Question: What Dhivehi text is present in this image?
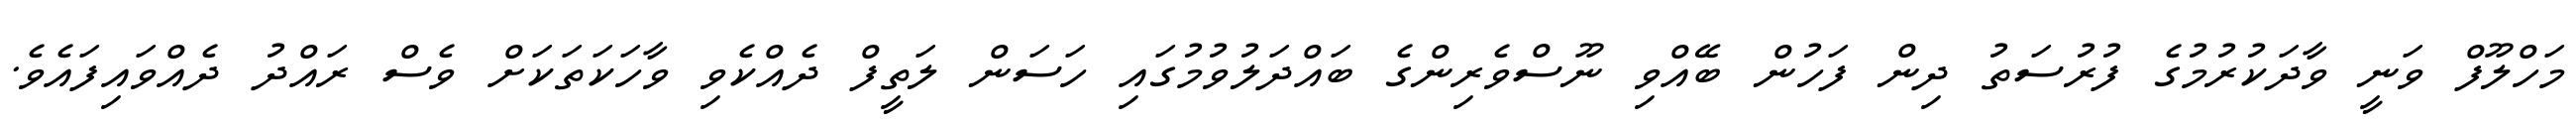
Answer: މަހްލޫފް ވަނީ ވާދަކުރުމުގެ ފުރުސަތު ދިން ފަހުން ބޭއްވި ނޫސްވެރިންގެ ބައްދަލުވުމުގައި ހަސަން ލަތީފް ދެއްކެވި ވާހަކަތަކަށް ވެސް ރައްދު ދެއްވައިފައެވެ.